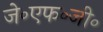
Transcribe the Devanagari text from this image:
जे॰एफ॰जी॰